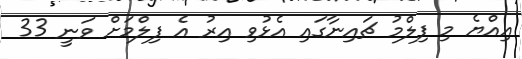
އިއްޔެ މި ފިލްމު ޗައިނާގައި އެޅުވި އިރު އެ ފިލްމަށް ވަނީ 33